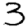
Digit: 3